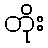
တိုး